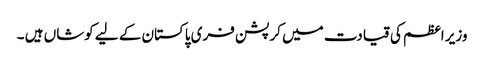
وزیر اعظم کی قیادت میں کرپشن فری پاکستان کے لیے کوشاں ہیں ۔